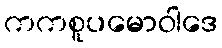
ကကစူပမောဝါဒေ